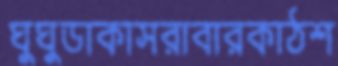
ঘুঘুডাকাসরাবারকাঠশ